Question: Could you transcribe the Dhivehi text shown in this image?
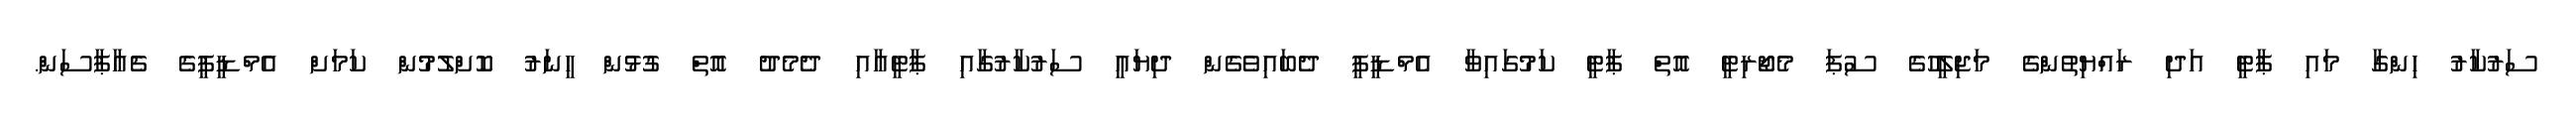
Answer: ސަރުކާރު ހިންގާ މައި ޕާޓީ އަދި ރައްޔިތުންގެ މަޖިލީހުގެ ސުޕަ މެޖޯރިޓީ އޮތް ޕާޓީ ކަމުގައިވާ އެމްޑީޕީ ދެބައިވެގެން ދިޔައީ ސަރުކާރުގާއި ޕާޓީއާއި ދެމެދު އޮތް ގުޅުން ހީނަރު ކޮށްލުމުން ކަމަށް އެމްޑީޕީގެ ޗެއާޕާސަން.